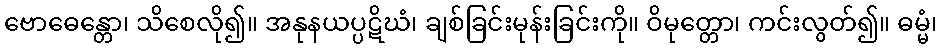
ဗောဓေန္တော၊ သိစေလို၍။ အနုနယပ္ပဋိဃံ၊ ချစ်ခြင်းမုန်းခြင်းကို။ ဝိမုတ္တော၊ ကင်းလွတ်၍။ ဓမ္မံ၊